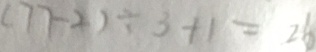
( 7 7 - 2 ) \div 3 + 1 = 2 6